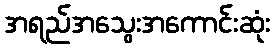
အရည်အသွေးအကောင်းဆုံး